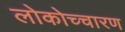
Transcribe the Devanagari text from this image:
लोकोच्चारण